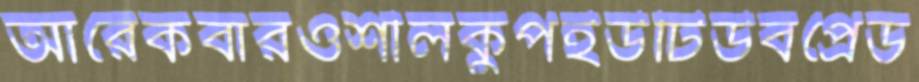
আরেকবারওশীলকুপইউটিউবপ্রেড